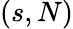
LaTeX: (s,N)